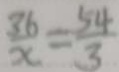
\frac { 3 6 } { x } = \frac { 5 4 } { 3 }